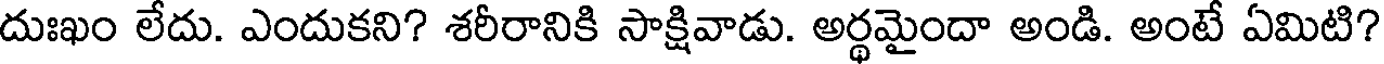
దుఃఖం లేదు. ఎందుకని? శరీరానికి సాక్షివాడు. అర్థమైందా అండి. అంటే ఏమిటి?